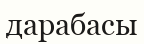
дарабасы